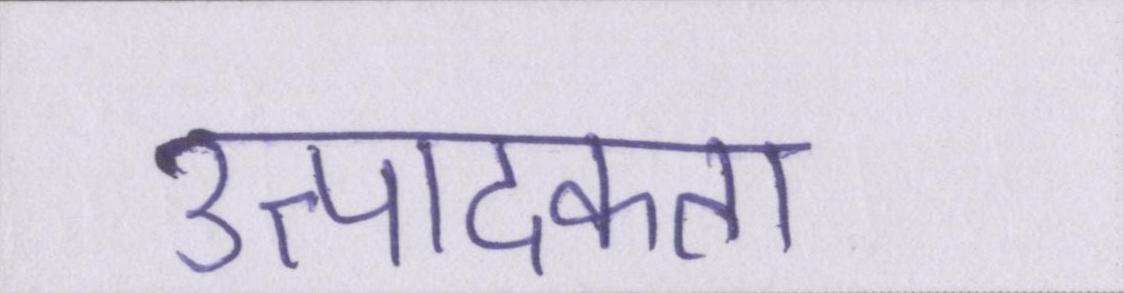
उत्पादकता